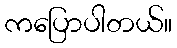
ကပြောပါတယ်။